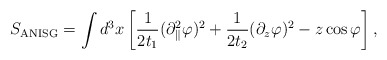
\begin{align*}S_{\rm ANISG}=\int d^3 x\left[\frac{1}{2t_1}(\partial_\parallel^2\varphi)^2+\frac{1}{2t_2}(\partial_z\varphi)^2-z\cos\varphi\right],\end{align*}